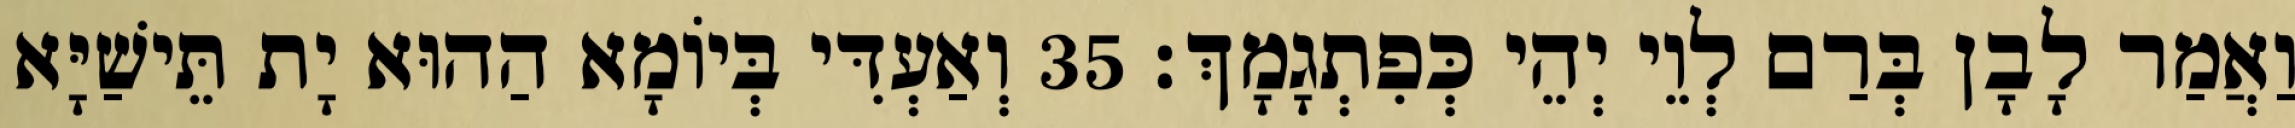
וַאֲמַר לָבָן בְּרַם לְוֵי יְהֵי כְּפִתְגָמָךְ׃ 35 וְאַעְדִּי בְּיוֹמָא הַהוּא יָת תֵּישַׁיָּא